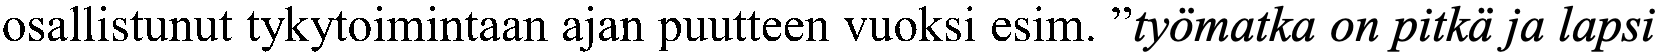
osallistunut tykytoimintaan ajan puutteen vuoksi esim. ”työmatka on pitkä ja lapsi